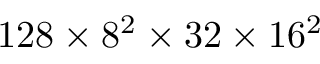
1 2 8 \times 8 ^ { 2 } \times 3 2 \times 1 6 ^ { 2 }